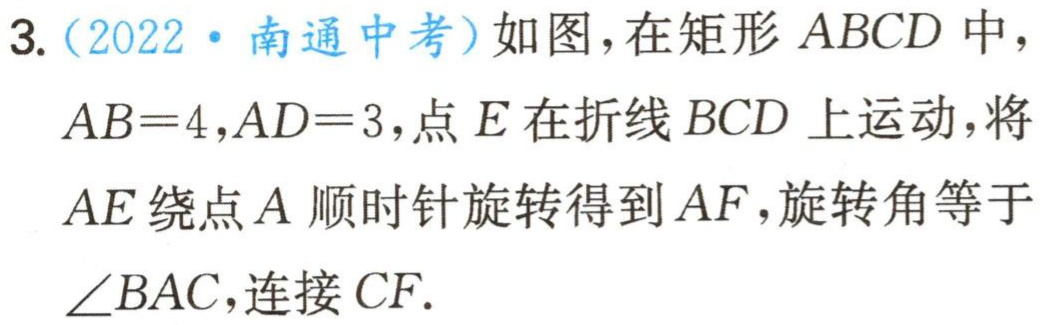
3.（2022·南通中考）如图，在矩形 \(ABCD\) 中，\(AB = 4\)，\(AD = 3\)，点 \(E\) 在折线 \(BCD\) 上运动，将 \(AE\) 绕点 \(A\) 顺时针旋转得到 \(AF\)，旋转角等于 \(\angle BAC\)，连接 \(CF\).